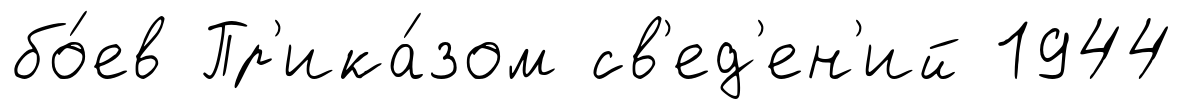
бо́ев Пр'ика́зом св'ед'ен'ий 1944